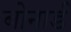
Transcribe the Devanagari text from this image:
बोनार्ड